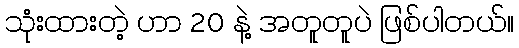
သုံးထားတဲ့ ဟာ 20 နဲ့ အတူတူပဲ ဖြစ်ပါတယ်။